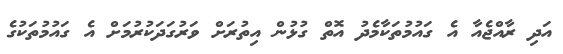
އަދި ރާއްޖެއާ އެ ގައުމުތަކާމެދު އޮތް ގުޅުން އިތުރަށް ވަރުގަދަކުރުމަށް އެ ގައުމުތަކުގެ